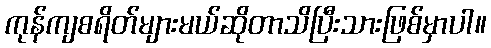
ကုန်ကျစရိတ်များမယ်ဆိုတာသိပြီးသားဖြစ်မှာပါ။